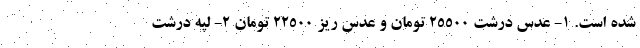
شده است. 1- عدس درشت 25500 تومان و عدس ریز 22500 تومان 2- لپه درشت